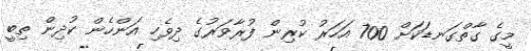
މީގެ ގާތްގަނޑަކަށް 700 އަހަރު ކުރިން ފުރާވަރުގެ ދިވެހި އަންހެން ކުދިން ތިބީ